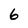
Character: 6